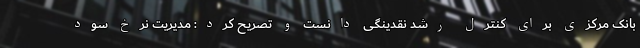
بانک مرکزی برای کنترل رشد نقدینگی دانست و تصریح کرد: مدیریت نرخ سود